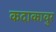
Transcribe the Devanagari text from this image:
कदाकावुर